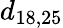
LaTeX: d_{18,25}